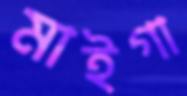
মাইগা